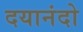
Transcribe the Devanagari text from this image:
दयानंदो